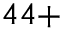
^ { 4 4 + }